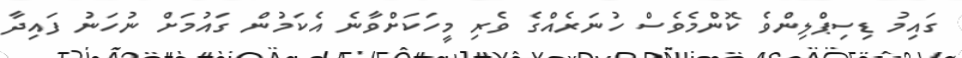
ގައިމު ޑިސިޕްލިންވެ ކޮންމެވެސް ހުނަރެއްގެ ވެރި މީހަކަށްވާނެ އެކަމުން ގައުމަށް ނުހަނު ފައިދާ